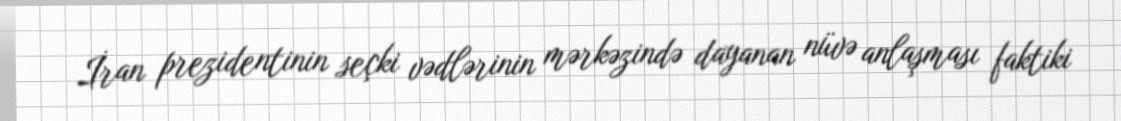
İran prezidentinin seçki vədlərinin mərkəzində dayanan nüvə anlaşması faktiki